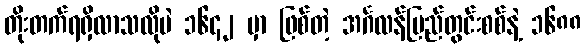
တိုးတက်ရရှိလာသလိုပဲ ၁၆၄၂ မှာ ဖြစ်တဲ့ အင်္ဂလန်ပြည်တွင်းစစ်နဲ့ ၁၆၈၈